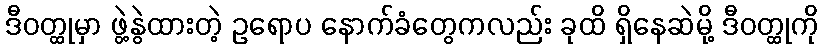
ဒီဝတ္ထုမှာ ဖွဲ့နွဲထားတဲ့ ဥရောပ နောက်ခံတွေကလည်း ခုထိ ရှိနေဆဲမို့ ဒီဝတ္ထုကို